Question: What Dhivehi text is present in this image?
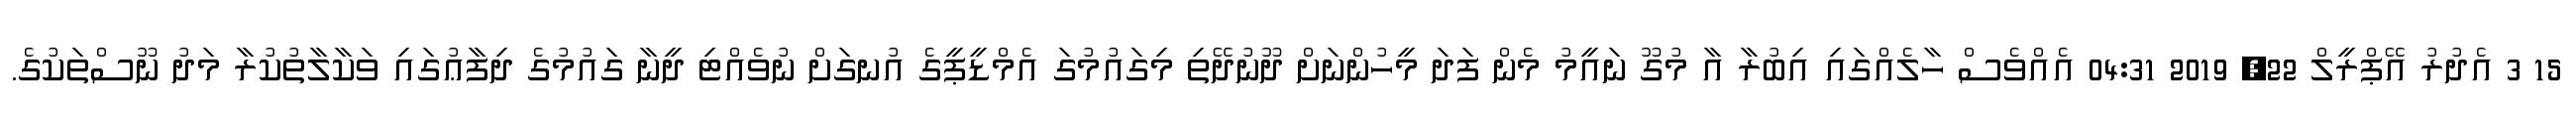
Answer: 15 3 އެދުރު އޭޕްރީލް 22, 2019 04:31 އެއްވެސް ހާލެއްގައި އިބުރާ އާ މުގޫ ނައީމު މެން ފަދަ މީހުންނަށް ދޫނުދޭތި މިގައުމުގަ އެމްޑީޕީގެ އުނގަށް ނުވެއްޓި ދީނާ ގައުމުގެ ދިފާޢުގައި ވަކާލާތުކުރާ މަދު ނޫސްތަކުގެ.